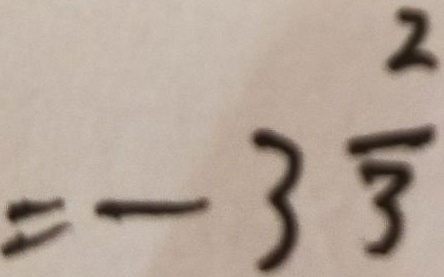
= - 3 \frac { 2 } { 3 }